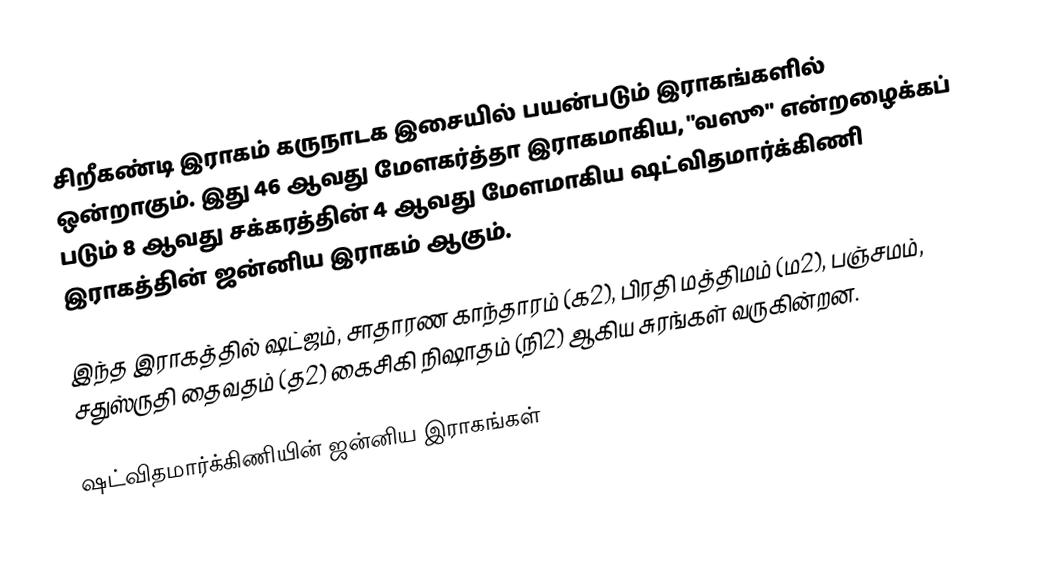
சிறீகண்டி இராகம் கருநாடக இசையில் பயன்படும் இராகங்களில் ஒன்றாகும். இது 46 ஆவது மேளகர்த்தா இராகமாகிய, "வஸூ" என்றழைக்கப் படும் 8 ஆவது சக்கரத்தின் 4 ஆவது மேளமாகிய ஷட்விதமார்க்கிணி இராகத்தின் ஜன்னிய இராகம் ஆகும்.

இந்த இராகத்தில் ஷட்ஜம், சாதாரண காந்தாரம் (க2), பிரதி மத்திமம் (ம2), பஞ்சமம்,  சதுஸ்ருதி தைவதம் (த2) கைசிகி நிஷாதம்  (நி2) ஆகிய சுரங்கள் வருகின்றன.

ஷட்விதமார்க்கிணியின் ஜன்னிய இராகங்கள்